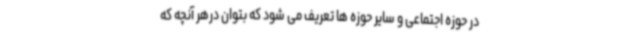
در حوزه اجتماعی و سایر حوزه ها تعریف می شود که بتوان درهر آنچه که